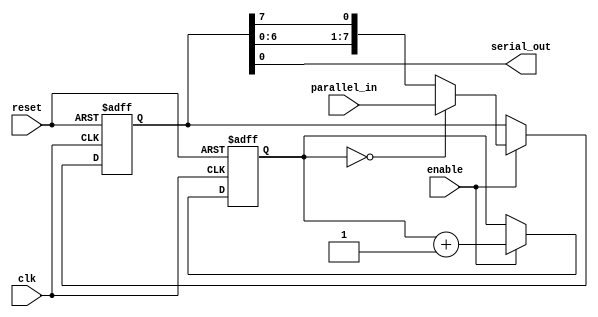
module PISO_shift_register (input clk, input reset, input enable, input [7:0] parallel_in, output serial_out);

   reg [7:0] register_data;
   reg [7:0] temp_data;
   reg [2:0] shift_count;
   
   always @ (posedge clk or posedge reset) begin
      if (reset) begin
         register_data <= 8'b0;
         shift_count <= 3'b0;
      end else begin
         if (enable) begin
            temp_data <= parallel_in;
            shift_count <= shift_count + 1;
            if (shift_count == 3'b0) begin
               register_data <= parallel_in;
            end else begin
               register_data <= {register_data[6:0], register_data[7]};
            end
         end
      end
   end
   
   assign serial_out = register_data[0];
   
endmodule